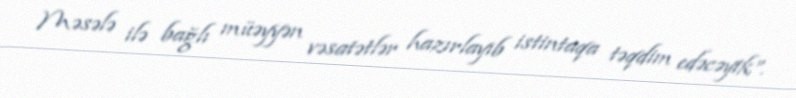
Məsələ ilə bağlı müəyyən vəsatətlər hazırlayıb istintaqa təqdim edəcəyik”.